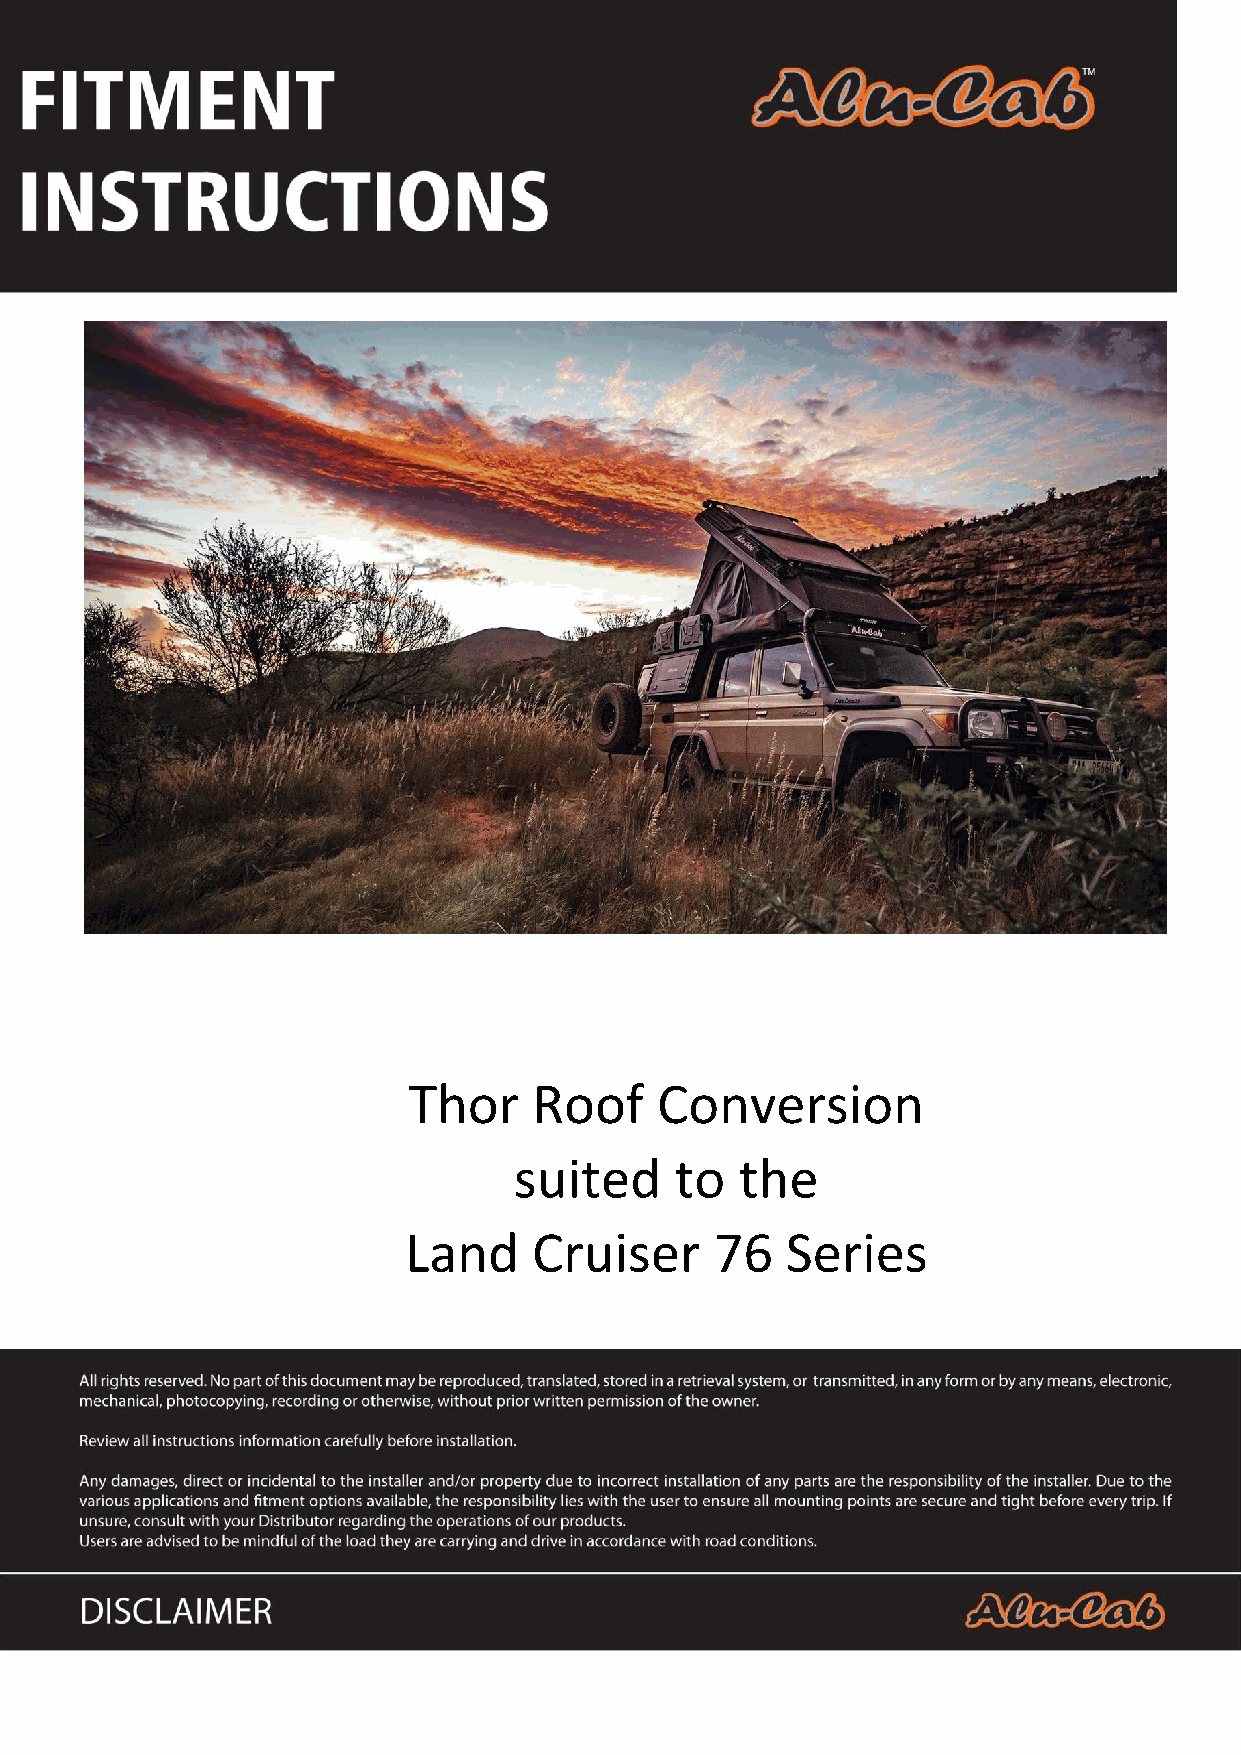
Thor    Roof    Conversion
 suited     to  the
 Land    Cruiser     76   Series